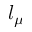
l _ { \mu }